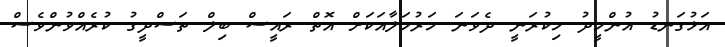
އަޅުގަނޑު އުންމީދު މިކުރަނީ ދެވަނަ މަރުހަލާއަކަށް އޮތް ރައީސް ބިލް ތަސްދީގު ކުރެއްވުންވެސް